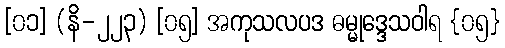
[၀၁] (နိ-၂၂၃) [၀၅] အကုသလပဒ ဓမ္မုဒ္ဒေသဝါရ {၀၅}